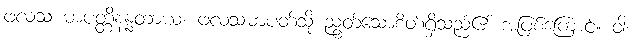
ဖလသ မာပတ္တိနန္နတာယ၊ ဖလသမာပတ်သို့ ညွတ်သောစိတ်ရှိသည်၏ အဖြစ်ကြောင့်။ ဝါ၊